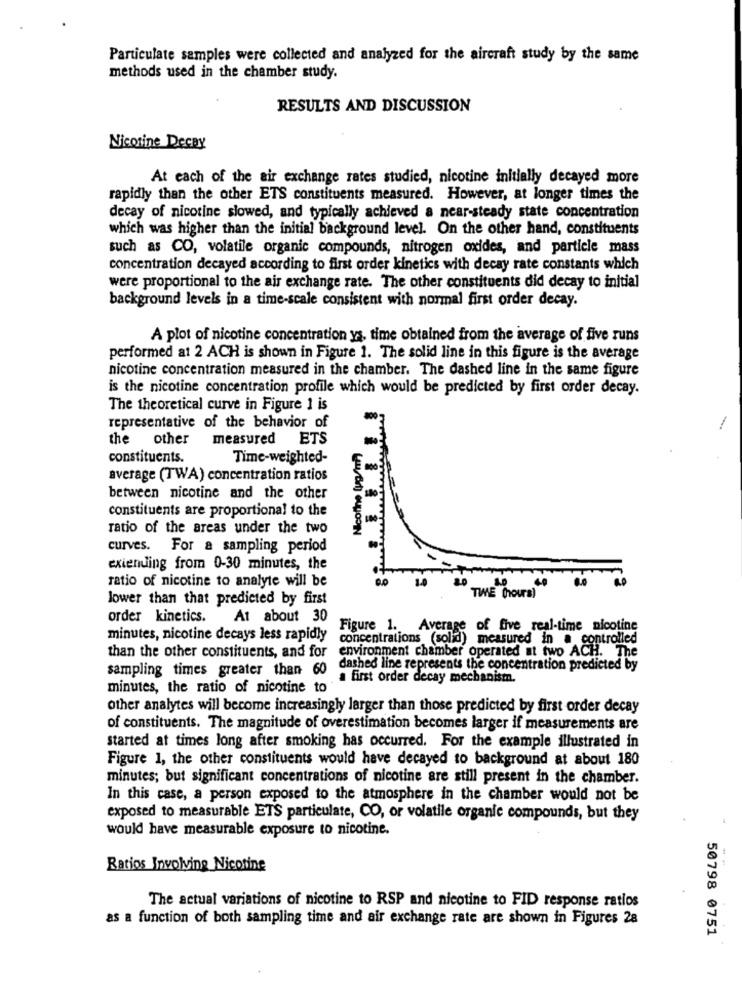
Particulate samples were collected and analyzed for the aircraft study by the same
methods used in the chamber study.
RESULTS AND DISCUSSION
Nicotine Decay
At each of the air exchange rates studied, nicotine initially decayed more
rapidly than the other ETS constituents measured. However, at longer times the
decay of nicotine slowed, and typically achieved a near-steady state concentration
which was higher than the initial background level. On the other hand, constituents
such as CO, volatile organic compounds, nitrogen oxides, and particle mass
concentration decayed according to first order kinetics with decay rate constants which
were proportional to the air exchange rate. The other constituents did decay to initial
background levels in a time-scale consistent with normal first order decay.
A plot of nicotine concentration ys, time obtained from the average of five runs
performed at 2 ACH is shown in Figure 1. The solid line in this figure is the average
nicotine concentration measured in the chamber. The dashed line in the same figure
is the nicotine concentration profile which would be predicted by first order decay.
The theoretical curve in Figure 1 is
representative of the behavior of
the other
measured ETS
constituents.
Time-weighted-
average (TWA) concentration ratios
between nicotine and the other
constituents are proportional to the
ratio of the areas under the two
curves. For a sampling period
exiending from 0-30 minutes, the
ratio of nicotine to analyte will be
.0
lower than that predicted by first
TWE (hours)
order kinetics. At about 30
Figure 1. Average of five real-time nicotine
minutes, nicotine decays less rapidly
concentrations (solid) measured in a controlled
environment chamber operated at two ACH. The
than the other constituents, and for
sampling times greater than 60
dashed line represents the concentration predicted by
a first order decay mechanism.
minutes, the ratio of nicotine to
other analytes will become increasingly larger than those predicted by first order decay
of constituents. The magnitude of overestimation becomes larger if measurements are
started at times long after smoking has occurred. For the example illustrated in
Figure 1, the other constituents would have decayed to background at about 180
minutes; but significant concentrations of nicotine are still present in the chamber.
In this case, a person exposed to the atmosphere in the chamber would not be
exposed to measurable ETS particulate, CO, or volatile organic compounds, but they
would have measurable exposure to nicotine.
Ratios Involving Nicotine
The actual variations of nicotine to RSP and nicotine to FID response ratlos
as a function of both sampling time and air exchange rate are shown in Figures 28
50798 0751